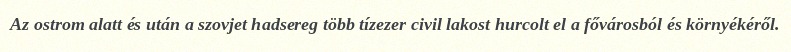
Az ostrom alatt és után a szovjet hadsereg több tízezer civil lakost hurcolt el a fővárosból és környékéről.